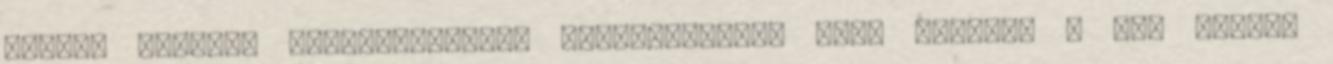
elleni erőszak felszámolására „Hatékonyabbá kell tennünk a nők elleni